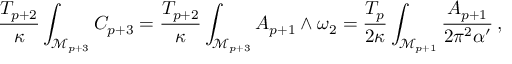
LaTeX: \frac { T _ { p + 2 } } { \kappa } \int _ { \mathcal { M } _ { p + 3 } } C _ { p + 3 } = \frac { T _ { p + 2 } } { \kappa } \int _ { \mathcal { M } _ { p + 3 } } A _ { p + 1 } \wedge \omega _ { 2 } = \frac { T _ { p } } { 2 \kappa } \int _ { \mathcal { M } _ { p + 1 } } \frac { A _ { p + 1 } } { 2 \pi ^ { 2 } \alpha ^ { \prime } } \, ,